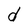
Character: d